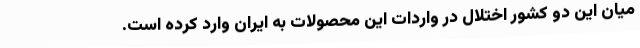
میان این دو کشور اختلال در واردات این محصولات به ایران وارد کرده است.